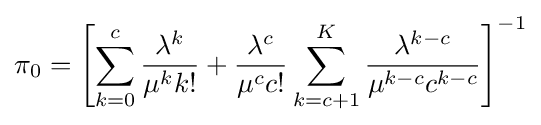
\pi _{0}=\left[\sum _{k=0}^{c}{\frac {\lambda ^{k}}{\mu ^{k}k!}}+{\frac {\lambda ^{c}}{\mu ^{c}c!}}\sum _{k=c+1}^{K}{\frac {\lambda ^{k-c}}{\mu ^{k-c}c^{k-c}}}\right]^{-1}